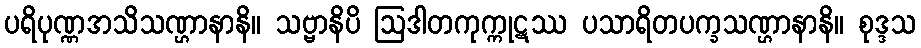
ပရိပုဏ္ဏအသိသဏ္ဌာနာနိ။ သဗ္ဗာနိပိ ဩဒါတကုက္ကုဋဿ ပသာရိတပက္ခသဏ္ဌာနာနိ။ စုဒ္ဒသ